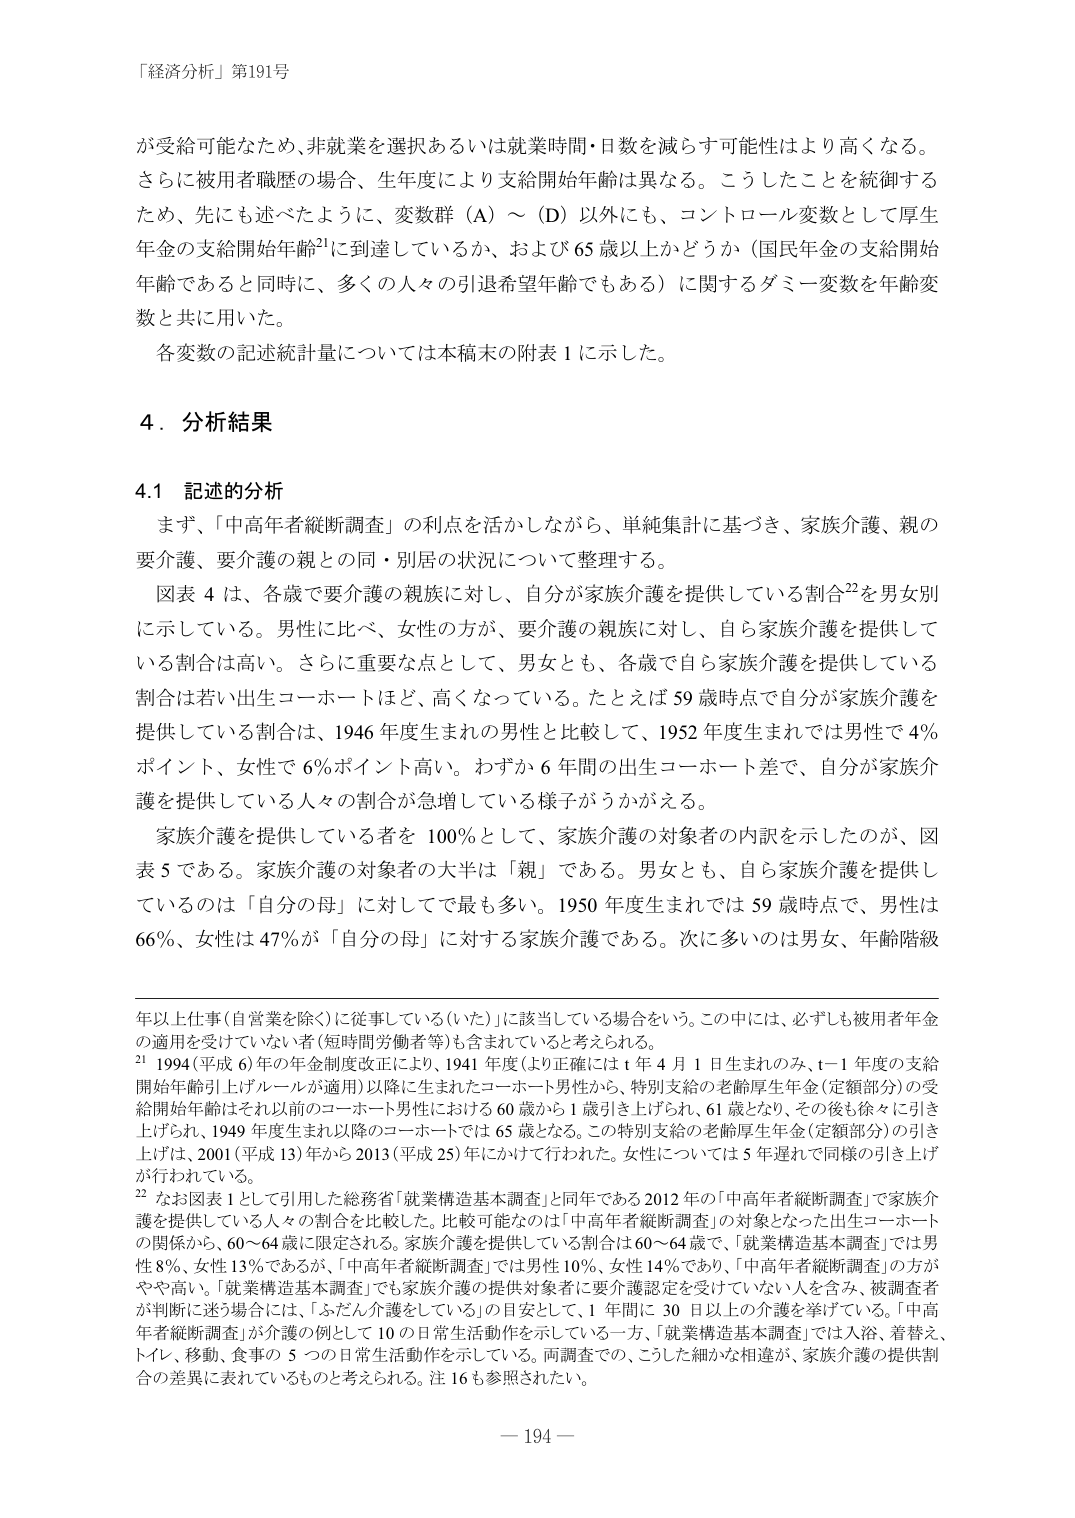
「経済分析」第191号

が受給可能なため、非就業を選択あるいは就業時間・日数を減らす可能性はより高くなる。
さらに被用者職歴の場合、生年度により支給開始年齢は異なる。こうしたことを統御する
ため、先にも述べたように、変数群（A）～（D）以外にも、コントロール変数として厚生
年金の支給開始年齢²¹に到達しているか、および65歳以上かどうか（国民年金の支給開始
年齢であると同時に、多くの人々の引退希望年齢でもある）に関するダミー変数を年齢変
数と共に用いた。

各変数の記述統計量については本稿末の附表1に示した。

4．分析結果

4.1 記述的分析

まず、「中高年者縦断調査」の利点を活かしながら、単純集計に基づき、家族介護、親の
要介護、要介護の親との同・別居の状況について整理する。

図表4は、各歳で要介護の親族に対し、自分が家族介護を提供している割合²²を男女別
に示している。男性に比べ、女性の方が、要介護の親族に対し、自ら家族介護を提供して
いる割合は高い。さらに重要な点として、男女とも、各歳で自ら家族介護を提供している
割合は若い出生コーホートほど、高くなっている。たとえば59歳時点で自分が家族介護を
提供している割合は、1946年度生まれの男性と比較して、1952年度生まれでは男性で4％
ポイント、女性で6％ポイント高い。わずか6年間の出生コーホート差で、自分が家族介護
を提供している人々の割合が急増している様子がうかがえる。

家族介護を提供している者を100％として、家族介護の対象者の内訳を示したのが、図
表5である。家族介護の対象者の大半は「親」である。男女とも、自ら家族介護を提供し
ているのは「自分の母」に対してで最も多い。1950年度生まれでは59歳時点で、男性は
66％、女性は47％が「自分の母」に対する家族介護である。次に多いのは男女、年齢階級

年以上仕事（自営業を除く）に従事している（いた）」に該当している場合をいう。この中には、必ずしも被用者年金
の適用を受けていない者（短時間労働者等）も含まれていると考えられる。

²¹ 1994（平成6）年の年金制度改正により、1941年度（より正確にはt年4月1日生まれのみ、t－1年度の支給
開始年齢引上げルールが適用）以降に生まれたコーホート男性から、特別支給の老齢厚生年金（定額部分）の受
給開始年齢はそれ以前のコーホート男性における60歳から1歳引き上げられ、61歳となり、その後も徐々に引き
上げられ、1949年度生まれ以降のコーホートでは65歳となる。この特別支給の老齢厚生年金（定額部分）の引き
上げは、2001（平成13）年から2013（平成25）年にかけて行われた。女性については5年遅れで同様の引き上げ
が行われている。

²² なお図表1として引用した総務省「就業構造基本調査」と同年である2012年の「中高年者縦断調査」で家族介護
を提供している人々の割合を比較した。比較可能なのは「中高年者縦断調査」の対象となった出生コーホート
の関係から、60～64歳に限定される。家族介護を提供している割合は60～64歳で、「就業構造基本調査」では男
性8％、女性13％であるが、「中高年者縦断調査」では男性10％、女性14％であり、「中高年者縦断調査」の方が
やや高い。「就業構造基本調査」でも家族介護の提供対象者に要介護認定を受けていない人を含み、被調査者
が判断に迷う場合には、「ふだん介護をしている」の目安として、1年間に30日以上の介護を挙げている。「中高
年者縦断調査」が介護の例として10の日常生活動作を示している一方、「就業構造基本調査」では入浴、着替え、
トイレ、移動、食事の5つの日常生活動作を示している。両調査での、こうした細かな相違が、家族介護の提供割
合の差異に表れているものと考えられる。注16も参照されたい。

－194－